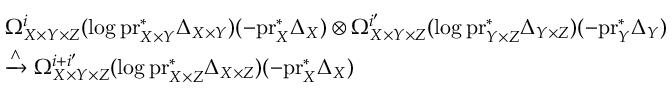
\begin{array} { r l } & { \Omega _ { X \times Y \times Z } ^ { i } ( \log \mathrm { p r } _ { X \times Y } ^ { * } \Delta _ { X \times Y } ) ( - \mathrm { p r } _ { X } ^ { * } \Delta _ { X } ) \otimes \Omega _ { X \times Y \times Z } ^ { i ^ { \prime } } ( \log \mathrm { p r } _ { Y \times Z } ^ { * } \Delta _ { Y \times Z } ) ( - \mathrm { p r } _ { Y } ^ { * } \Delta _ { Y } ) } \\ & { \xrightarrow { \wedge } \Omega _ { X \times Y \times Z } ^ { i + i ^ { \prime } } ( \log \mathrm { p r } _ { X \times Z } ^ { * } \Delta _ { X \times Z } ) ( - \mathrm { p r } _ { X } ^ { * } \Delta _ { X } ) } \end{array}